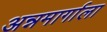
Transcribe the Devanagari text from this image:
अन्नमार्गाला